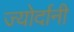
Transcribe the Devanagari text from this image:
ज्योर्दानी